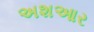
અશઆર